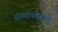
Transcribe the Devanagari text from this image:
संस्थापकांची